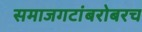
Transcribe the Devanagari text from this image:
समाजगटांबरोबरच